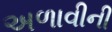
અળાવીની